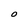
Character: O